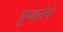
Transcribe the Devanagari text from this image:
शुष्कतेचे